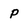
Character: P